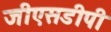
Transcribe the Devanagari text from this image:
जीएसडीपी